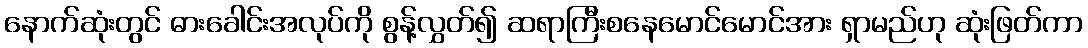
နောက်ဆုံးတွင် ဓားခေါင်းအလုပ်ကို စွန့်လွှတ်၍ ဆရာကြီးစနေမောင်မောင်အား ရှာမည်ဟု ဆုံးဖြတ်ကာ